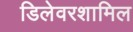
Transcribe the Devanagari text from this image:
डिलेवरशामिल